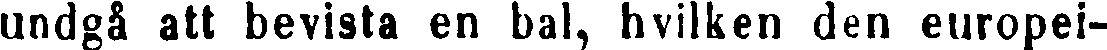
undgå att bevista en bal, hvilken den europei-